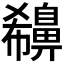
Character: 𪖪